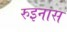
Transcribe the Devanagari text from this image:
रुइनास